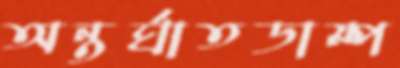
অন্তর্ঘাতডাম্প